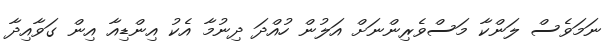
ނަމަވެސް ލަންކާ މަސްވެރިންނަށް އަލުން ހުއްދަ ދިނުމާ އެކު އިންޑިއާ އިން ގަވާއިދާ